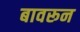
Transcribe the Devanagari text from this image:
बावरून